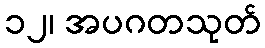
၁၂၊ အပဂတသုတ်